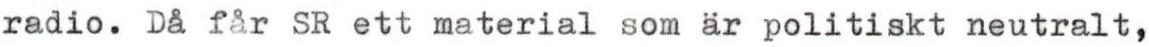
radio. Då får SR ett material som är politiskt neutralt,